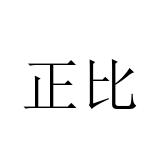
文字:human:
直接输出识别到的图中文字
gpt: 正比